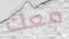
معك